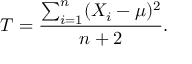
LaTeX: T = { \frac { \sum _ { i = 1 } ^ { n } ( X _ { i } - \mu ) ^ { 2 } } { n + 2 } } .